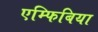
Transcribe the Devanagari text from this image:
एम्फिबिया